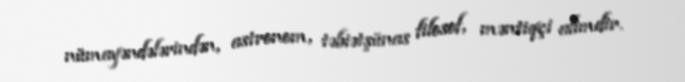
nümayəndələrindən, astronom, təbiətşünas filosof, məntiqçi alimdir.